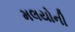
મલયોની